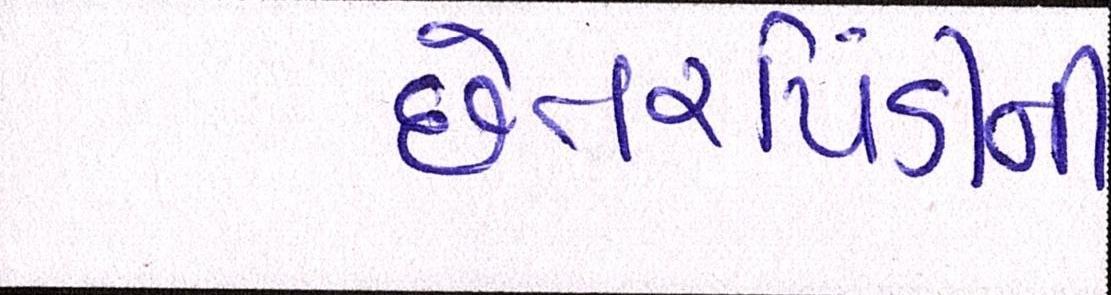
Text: છેતરપિંડીની